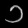
Digit: ၁